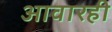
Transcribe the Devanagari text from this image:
आवारही